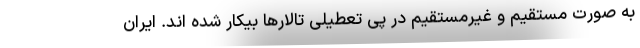
به صورت مستقیم و غیرمستقیم در پی تعطیلی تالارها بیکار شده اند. ایران